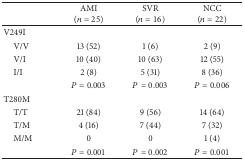
<table><thead><tr><td><b> </b></td><td><b>AMI(<i>n</i> = 25)</b></td><td><b>SVR(<i>n</i> = 16)</b></td><td><b>NCC(<i>n</i> = 22)</b></td></tr></thead><tbody><tr><td>V249I </td><td> </td><td> </td><td> </td></tr><tr><td> V/V</td><td>13 (52)</td><td>1 (6)</td><td>2 (9)</td></tr><tr><td> V/I</td><td>10 (40)</td><td>10 (63)</td><td>12 (55)</td></tr><tr><td> I/I</td><td>2 (8)</td><td>5 (31)</td><td>8 (36)</td></tr><tr><td> </td><td><i>P</i> = 0.003</td><td><i>P</i> = 0.003</td><td><i>P</i> = 0.006</td></tr><tr><td>T280M</td><td> </td><td> </td><td> </td></tr><tr><td> T/T</td><td>21 (84)</td><td>9 (56)</td><td>14 (64)</td></tr><tr><td> T/M</td><td>4 (16)</td><td>7 (44)</td><td>7 (32)</td></tr><tr><td> M/M</td><td>0</td><td>0</td><td>1 (4)</td></tr><tr><td> </td><td><i>P</i> = 0.001</td><td><i>P</i> = 0.002</td><td><i>P</i> = 0.001</td></tr></tbody></table>